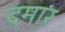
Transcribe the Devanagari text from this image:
दमार